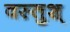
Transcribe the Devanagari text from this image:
वस्तुश्